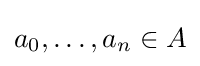
a_{0},\dots ,a_{n}\in A